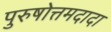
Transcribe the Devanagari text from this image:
पुरुषोत्तमदादा